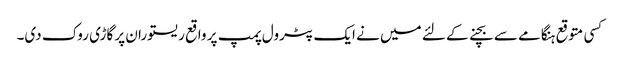
کسی متوقع ہنگامے سے بچنے کے لئے میں نے ایک پٹرول پمپ پر واقع ریستوران پر گاڑی روک دی۔